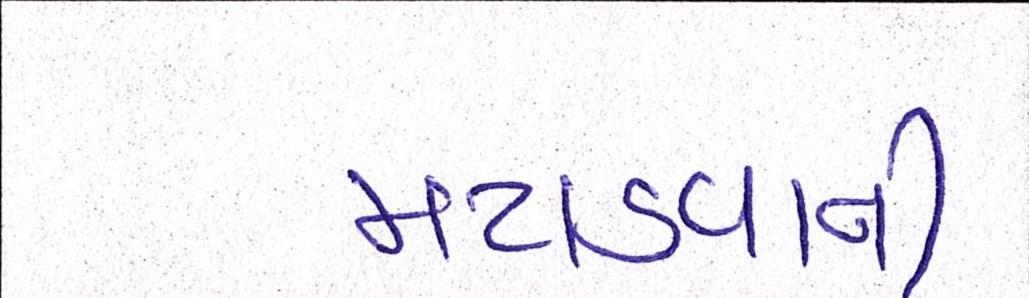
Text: મટાડવાની